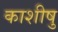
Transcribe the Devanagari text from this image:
काशीषु